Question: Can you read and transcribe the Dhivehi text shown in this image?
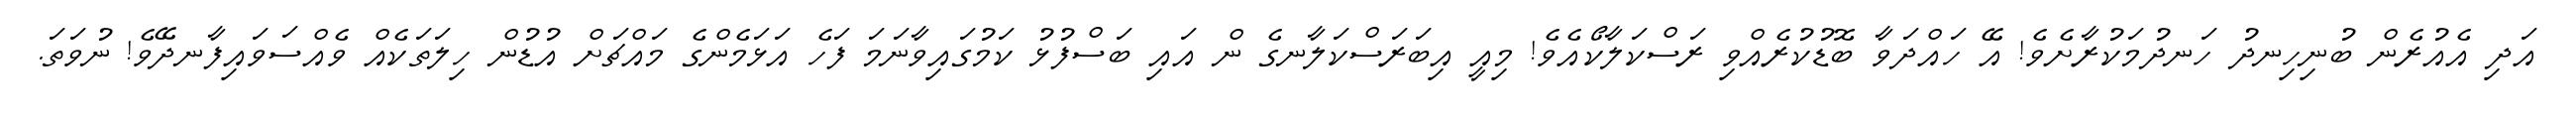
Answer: އަދި އެއުރެން ބުނިހިނދު ހަނދުމަކުރާށެވެ! އޭ ހައްދަވާ ބޮޑުކުރެއްވި ރަސްކަލާކޯއެވެ! މިއީ އިބަރަސްކަލާނގެ ން އައި ބަސްފުޅު ކަމުގައިވާނަމަ ފަހެ އަޅަމެންގެ މައްޗަށް އުޑުން ހިލަތަކެއް ވެއްސަވައިފާނދޭވެ! ނުވަތަ.